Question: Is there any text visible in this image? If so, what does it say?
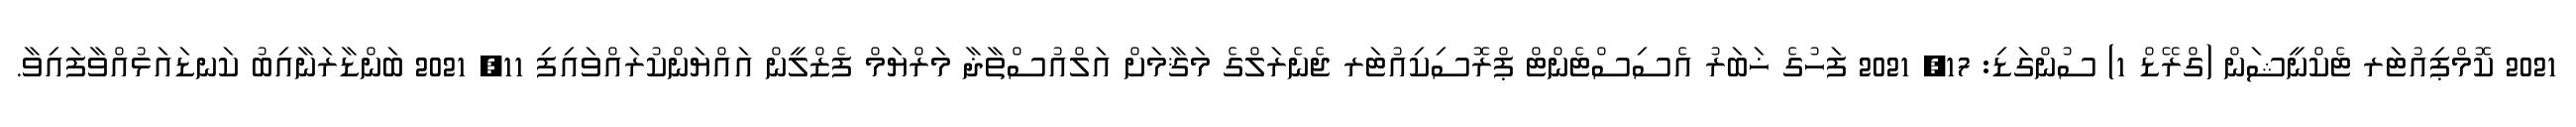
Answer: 2021 ކޮމްޕިއުޓަރ ޓެކްނީޝަން (ގްރޭޑް 1) ސުންގަޑި: 17, 2021 ފަހުގެ ޚަބަރު އެސިސްޓެންޓް ޕްރޮސިކިއުޓަރ ޖެނެރަލްގެ މަޤާމަށް އަލްއުސްތާޛާ މަރްޔަމް ފެޒްލީން އައްޔަންކުރައްވައިފި 11, 2021 ބަންޑާރަނާއިބު ކަނޑައަޅުއްވާފައިވާ.